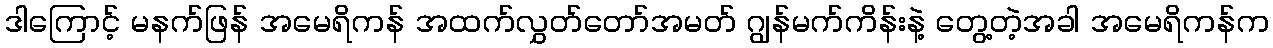
ဒါကြောင့် မနက်ဖြန် အမေရိကန် အထက်လွှတ်တော်အမတ် ဂျွန်မက်ကိန်းနဲ့ တွေ့တဲ့အခါ အမေရိကန်က